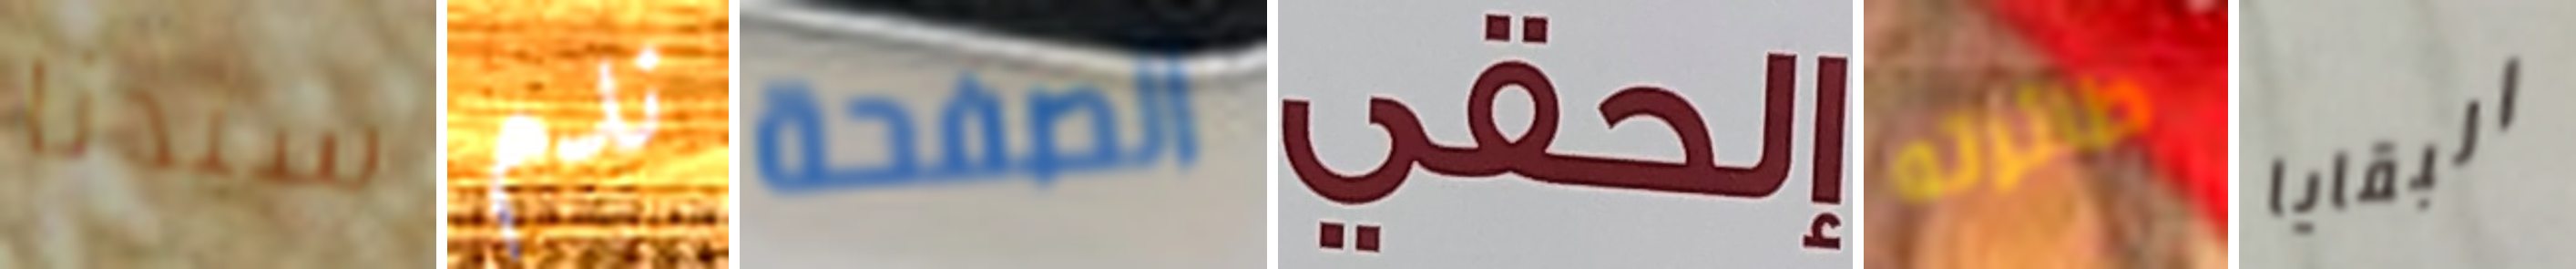
سيدنا ندم الصفحة إلحقي طائرته البقايا